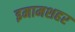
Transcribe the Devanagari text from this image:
इमामशहर